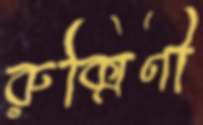
রুক্মিণী